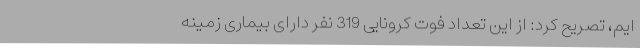
ایم، تصریح کرد: از این تعداد فوت کرونایی 319 نفر دارای بیماری زمینه